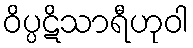
ဝိပ္ပဋိသာရီဟုဝါ